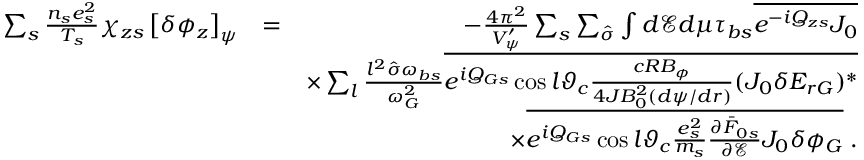
\begin{array} { r l r } { \sum _ { s } \frac { n _ { s } e _ { s } ^ { 2 } } { T _ { s } } \chi _ { z s } \left[ \delta \phi _ { z } \right] _ { \psi } } & { = } & { - \frac { 4 \pi ^ { 2 } } { V _ { \psi } ^ { \prime } } \sum _ { s } \sum _ { \hat { \sigma } } \int d \mathcal { E } d \mu \tau _ { b s } \overline { { e ^ { - i Q _ { z s } } J _ { 0 } } } } \\ & { } & { \times \sum _ { l } \frac { l ^ { 2 } \hat { \sigma } \omega _ { b s } } { \omega _ { G } ^ { 2 } } \overline { { e ^ { i Q _ { G s } } \cos l \vartheta _ { c } \frac { c R B _ { \phi } } { 4 { \cal J } B _ { 0 } ^ { 2 } ( d \psi / d r ) } ( J _ { 0 } \delta E _ { r G } ) ^ { * } } } } \\ & { } & { \times \overline { { e ^ { i Q _ { G s } } \cos l \vartheta _ { c } \frac { e _ { s } ^ { 2 } } { m _ { s } } \frac { \partial \bar { F } _ { 0 s } } { \partial \mathcal { E } } J _ { 0 } \delta \phi _ { G } } } \; . } \end{array}